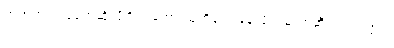
ရွာဘက်ကလူတွေဆိုလို့ရှိရင်တော့ သူတို့တွေ ခုနလိုပဲ၊ ဓာတ်ဆီဝယ်သလိုပဲ။